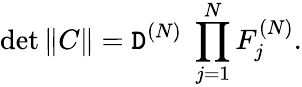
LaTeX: \operatorname*{det}\| C\| =\mathtt{D}^{(N)}\; \prod_{j=1}^{N}F_{j}^{(N)}.